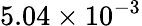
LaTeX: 5.04\times 10^{-3}